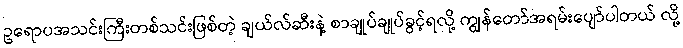
ဥရောပအသင်းကြီးတစ်သင်းဖြစ်တဲ့ ချယ်လ်ဆီးနဲ့ စာချုပ်ချုပ်ခွင့်ရလို့ ကျွန်တော်အရမ်းပျော်ပါတယ် လို့